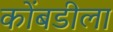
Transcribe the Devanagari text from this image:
कोंबडीला